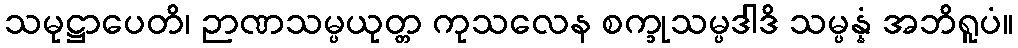
သမုဋ္ဌာပေတိ၊ ဉာဏသမ္ပယုတ္တ ကုသလေန စက္ခုသမ္ပဒါဒိ သမ္ပန္နံ အဘိရူပံ။